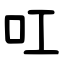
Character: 叿